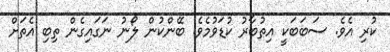
ކުރި އެވެ. ސަބަބަކީ އިތުބާރު ކުޑަވުމެވެ. ބޭންކުން ލޯނު ނަގައިގެން ތިބި އެތަށް